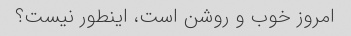
امروز خوب و روشن است، اینطور نیست؟